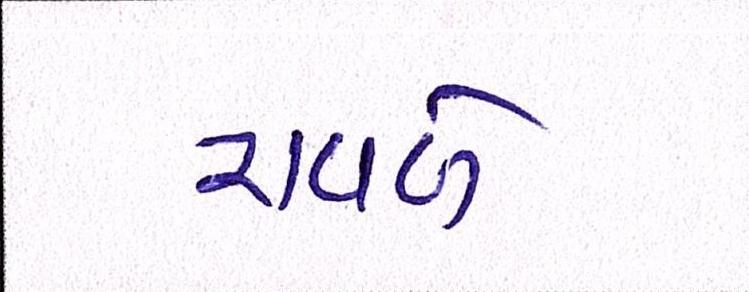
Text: રાવળે